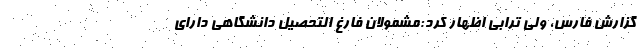
گزارش فارس، ولی ترابی اظهار کرد:مشمولان فارغ التحصیل دانشگاهی دارای